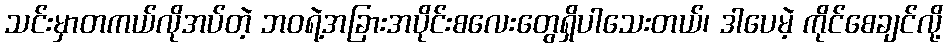
သင်းမှာတကယ်လိုအပ်တဲ့ ဘဝရဲ့အခြားအပိုင်းစလေးတွေရှိပါသေးတယ်၊ ဒါပေမဲ့ ကိုင်စေချင်လို့